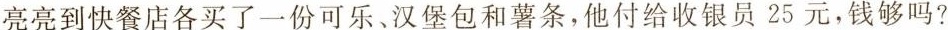
亮亮到快餐店各买了一份可乐、汉堡包和薯条，他付给收银员25元，钱够吗？